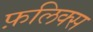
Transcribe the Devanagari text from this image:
फ़लिक्स